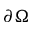
\partial \Omega